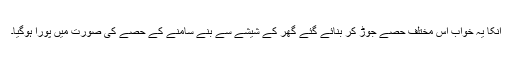
انکا یہ خواب اس مختلف حصے جوڑ کر بنائے گئے گھر کے شیشے سے بنے سامنے کے حصے کی صورت میں پورا ہوگیا۔